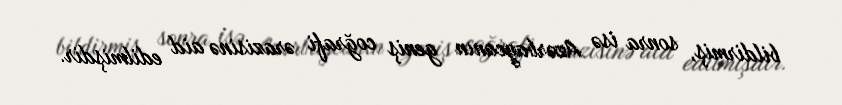
bildirmiş, sonra isə Azərbaycanın geniş coğrafi ərazisinə aid edilmişdir.